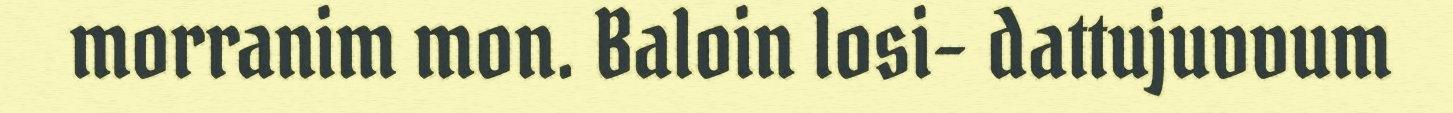
morranim mon. Baloin losi- dattujuvvum